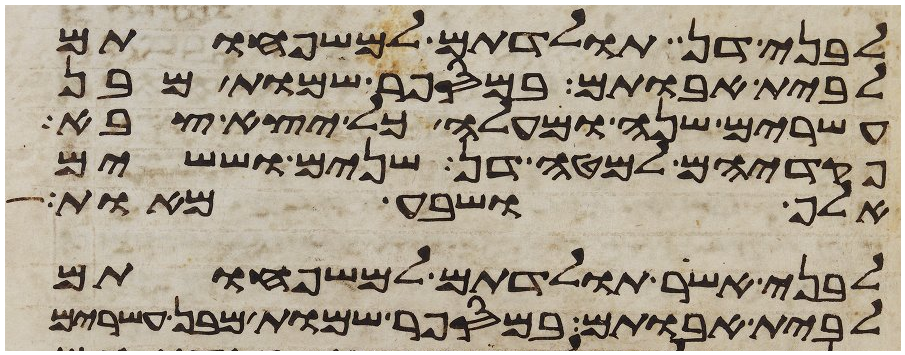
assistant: לבני דן תולדתם למשפחותם
לבית אבותם במספר שמות מבן
עשרים שנה ומעלה כל יצא צבא
פקדיהם למטה דן שנים וששים
אלף ושבע מאות
לבני אשר תולדתם למשפחותם
לבית אבותם במספר שמות מבן עשרים